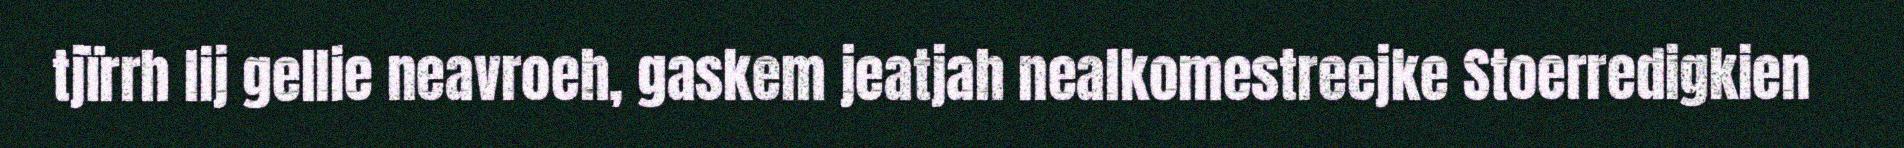
tjïrrh lij gellie neavroeh, gaskem jeatjah nealkomestreejke Stoerredigkien